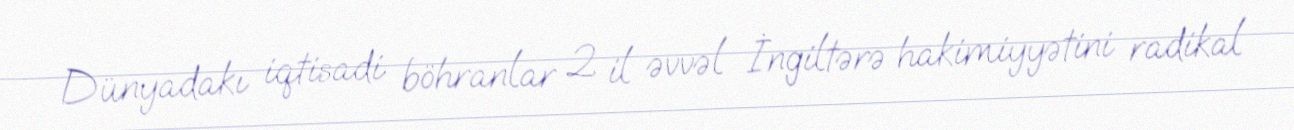
Dünyadakı iqtisadi böhranlar 2 il əvvəl İngiltərə hakimiyyətini radikal